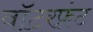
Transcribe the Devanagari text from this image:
वाॅटरफ़्रंट